Scottish Leaving Certificate Examination, 1957
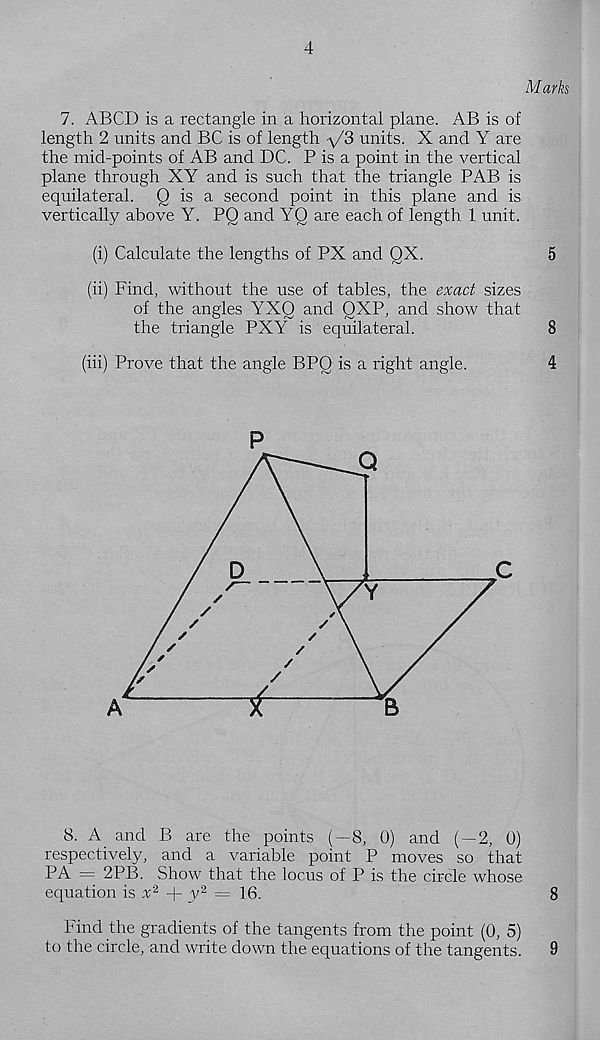
4
Marks
7. ABCD is a rectangle in a horizontal plane. AB is of
length 2 units and BC is of length -\/3 units. X and Y are
the mid-points of AB and DC. P is a point in the vertical
plane through XY and is such that the triangle PAB is
equilateral. Q is a second point in this plane and is
vertically above Y. PQ and YQ are each of length 1 unit.
(i) Calculate the lengths of PX and OX.
5
(ii) Find, without the use of tables, the exact sizes
of the angles YXO and QXP, and show that
the triangle PXY is equilateral.
8
(hi) Prove that the angle BPQ is a right angle.
4
P
8. A and B are the points (—8, 0) and ( — 2, 0)
respectively, and a variable point P moves so that
PA = 2PB. Show that the locus of P is the circle whose
equation is Y 2 -j- y 2 = 16.
8
Find the gradients of the tangents from the point (0, 5)
to the circle, and write down the equations of the tangents.
9